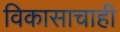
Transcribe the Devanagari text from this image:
विकासाचाही